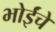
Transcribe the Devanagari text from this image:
भोईंचे